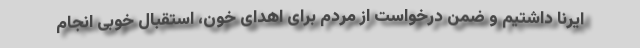
ایرنا داشتیم و ضمن درخواست از مردم برای اهدای خون، استقبال خوبی انجام